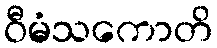
ဝီမံသကောတိ